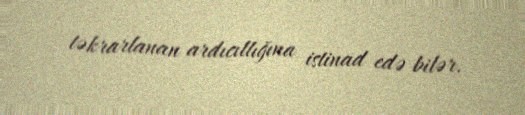
təkrarlanan ardıcıllığına istinad edə bilər.